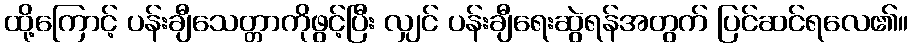
ထို့ကြောင့် ပန်းချီသေတ္တာကိုဖွင့်ပြီး လျှင် ပန်းချီရေးဆွဲရန်အတွက် ပြင်ဆင်ရလေ၏။